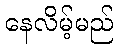
နေလိမ့်မည်